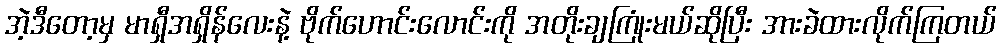
အဲ့ဒီတော့မှ မာရှီအရှိန်လေးနဲ့ ဗိုက်ဟောင်းလောင်းကို အတိုးချကြုံးမယ်ဆိုပြီး အားခဲထားလိုက်ကြတယ်